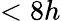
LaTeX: <8h